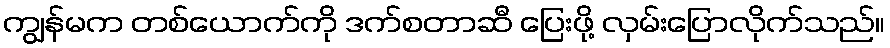
ကျွန်မက တစ်ယောက်ကို ဒက်စတာဆီ ပြေးဖို့ လှမ်းပြောလိုက်သည်။